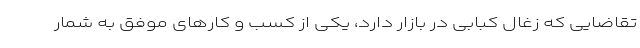
تقاضایی که زغال کبابی در بازار دارد، یکی از کسب و کارهای موفق به شمار